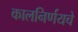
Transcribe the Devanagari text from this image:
कालनिर्णयचे